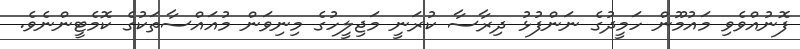
ފޮނުއްވެވި މައުމޫން ހަމީދުގެ ނަންފުޅު ދިރާސާ ކުރަނީ މަޖިލީހުގެ މިނިވަން މުއައްސާތަކުގެ ކޮމެޓީންނެވެ.